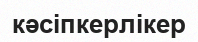
кәсіпкерлікер